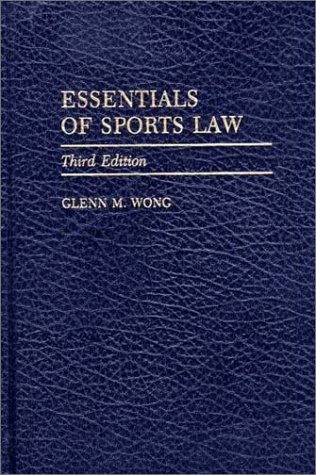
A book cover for Essentials of Sports Law: Third Edition; Glenn M. Wong; Law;